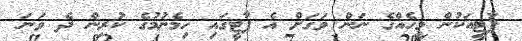
ޕާޓީއަކުން މީހެއްގެ ނަން ވަގަށް އެ ޕާޓީގައި ހިމެނުމުގެ ކުރިން ދެ ވަނަ